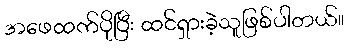
အဖေထက်ပိုပြီး ထင်ရှားခဲ့သူဖြစ်ပါတယ်။